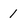
Character: 1